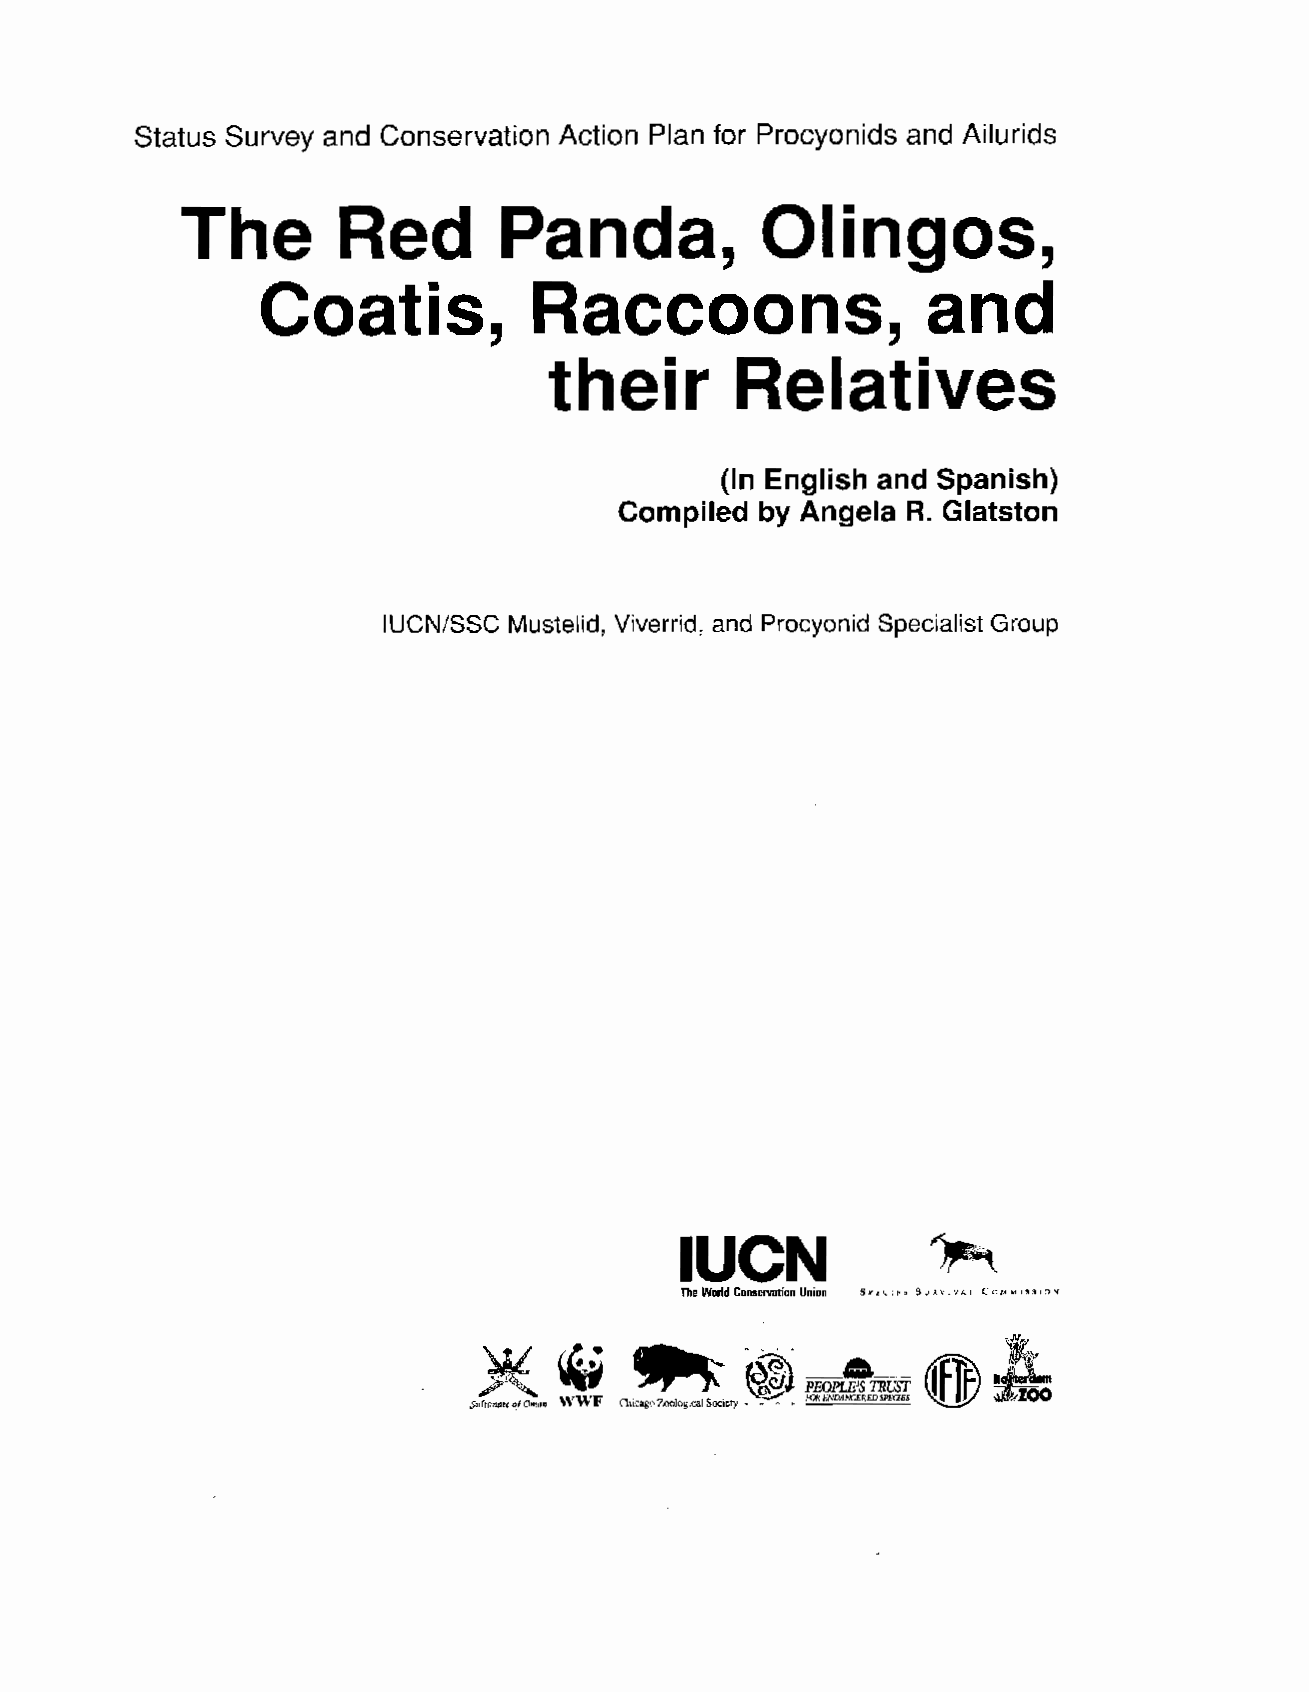
Status Survey and Conservation Action Plan for Procyonids and Ailurids
 The       Red        Panda,           Olingos,
 Coatis,           Raccoons,                 and
 their        Relatives
 (In English and Spanish)
 Compiled by Angela R. Glatston
 IUCNESC  Mustelid, Viverrid, and Procyonid Specialist Group
 IUCN
 The
 World Conservation Union SPECIES SURVIVAL COMMISSION
 Suhwte qf Omn WWF aimgo Zoological society = - 0 =